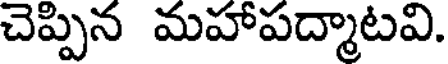
చెప్పిన మహాపద్మాటవి.